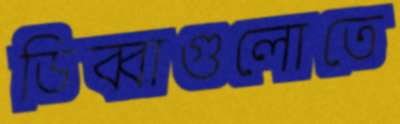
ডিব্বাগুলোতে